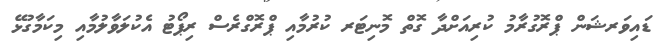
ޑައިވަރޝަން ޕްރޮގުރާމު ކުރިއަށްދާ ގޮތް މޮނިޓަރ ކުރުމާއި ޕްރޮގްރެސް ރިޕޯޓު އެކުލަވާލުމާއި މިކަމާގުޅޭ